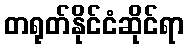
တရုတ်နိုင်ငံဆိုင်ရာ